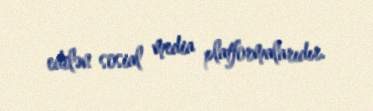
edilən sosial media platformalarıdır.